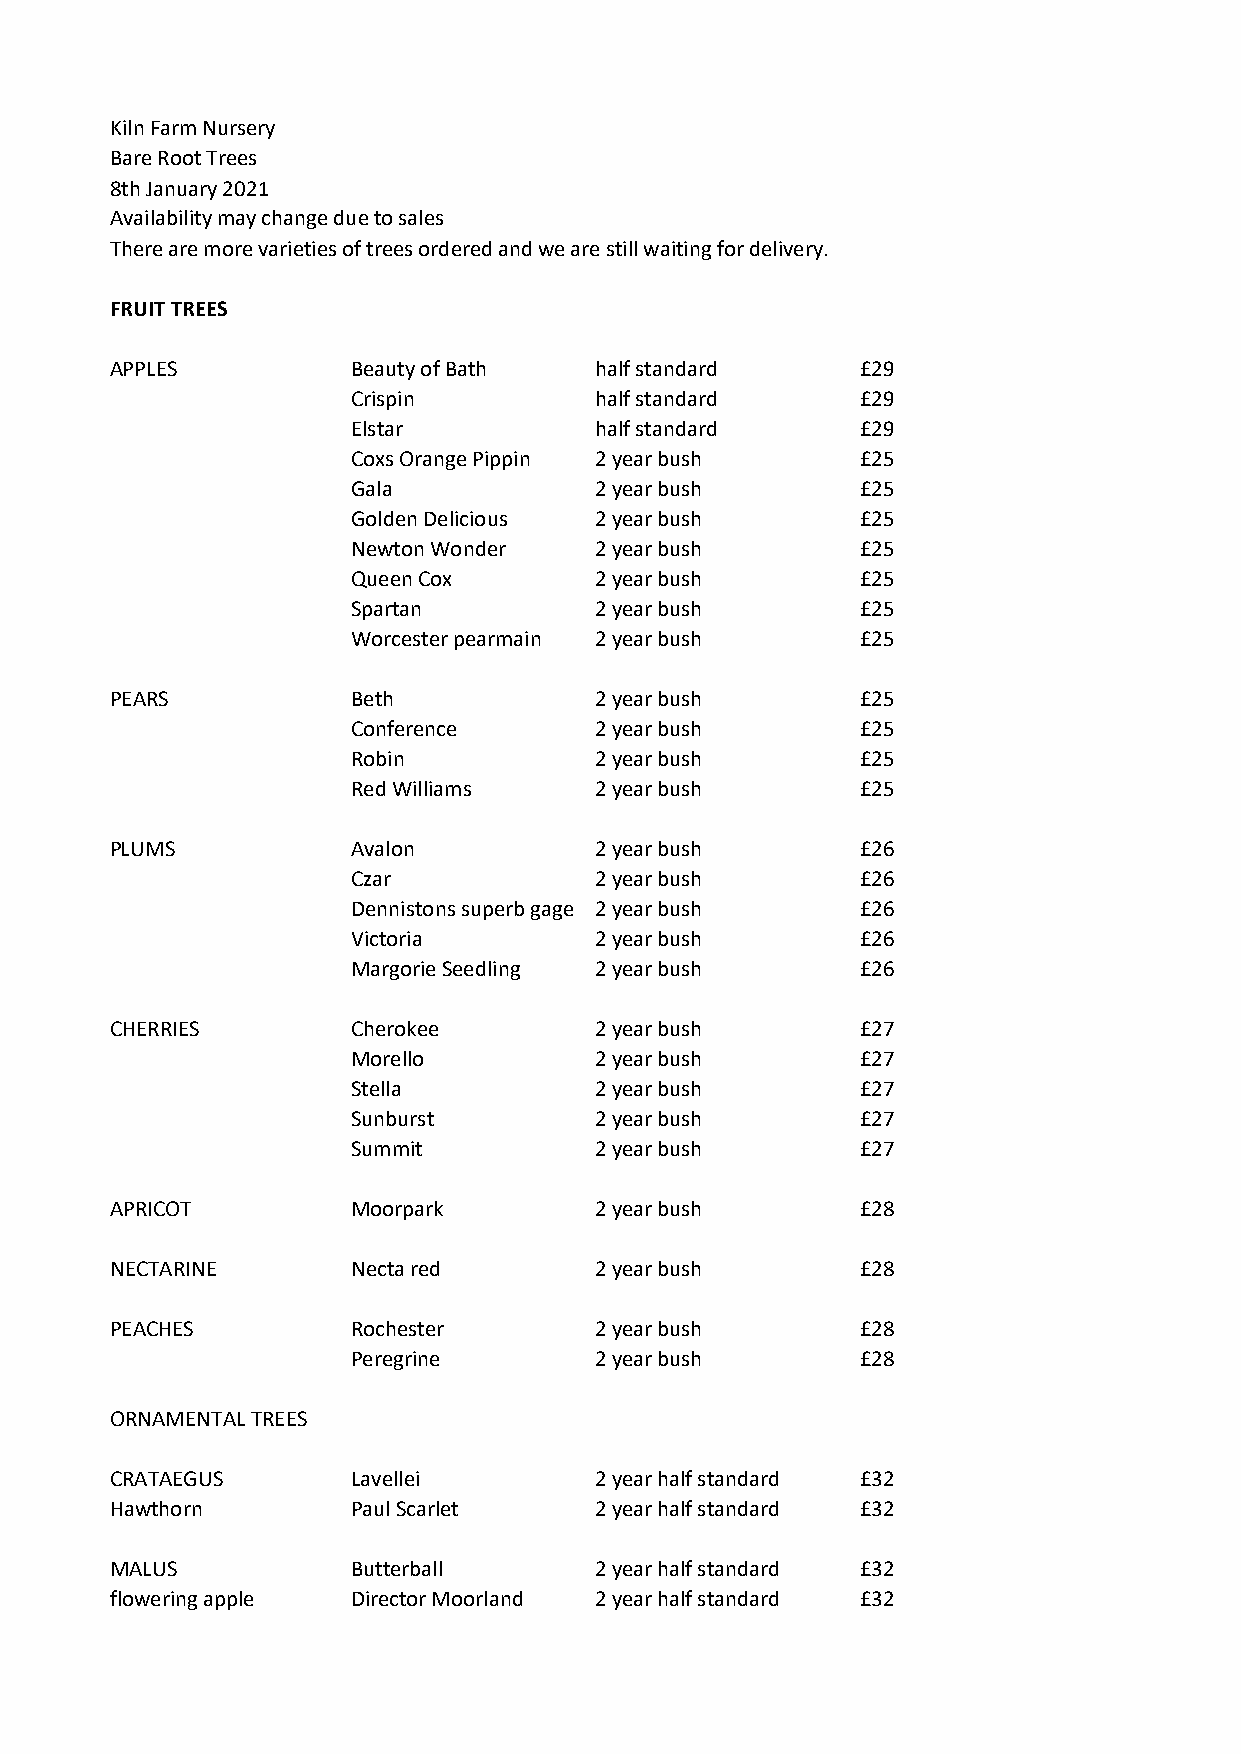
Kiln Farm Nursery
 Bare Root Trees
 8th January 2021
 Availability may change due to sales
 There are more varieties of trees ordered and we are still waiting for delivery.
 FRUIT TREES
 APPLES          Beauty of Bath  half standard     £29
 Crispin         half standard     £29
 Elstar          half standard     £29
 Coxs Orange Pippin 2 year bush    £25
 Gala            2 year bush       £25
 Golden Delicious 2 year bush      £25
 Newton Wonder   2 year bush       £25
 Queen Cox       2 year bush       £25
 Spartan         2 year bush       £25
 Worcester pearmain 2 year bush    £25
 PEARS           Beth            2 year bush       £25
 Conference      2 year bush       £25
 Robin           2 year bush       £25
 Red Williams    2 year bush       £25
 PLUMS           Avalon          2 year bush       £26
 Czar            2 year bush       £26
 Dennistons superb gage 2 year bush £26
 Victoria        2 year bush       £26
 Margorie Seedling 2 year bush     £26
 CHERRIES        Cherokee        2 year bush       £27
 Morello         2 year bush       £27
 Stella          2 year bush       £27
 Sunburst        2 year bush       £27
 Summit          2 year bush       £27
 APRICOT         Moorpark        2 year bush       £28
 NECTARINE       Necta red       2 year bush       £28
 PEACHES         Rochester       2 year bush       £28
 Peregrine       2 year bush       £28
 ORNAMENTAL TREES
 CRATAEGUS       Lavellei        2 year half standard £32
 Hawthorn        Paul Scarlet    2 year half standard £32
 MALUS           Butterball      2 year half standard £32
 flowering apple Director Moorland 2 year half standard £32